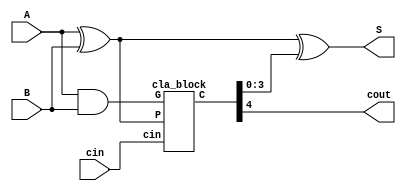
module cla
        (   input [3:0] A,B,
            input cin,
            output [3:0] S,
            output cout
            );
            
wire [3:0] P,G;
wire [4:0] C;   
    
//first level
assign P = A ^ B;
assign G = A & B;

//second level
cla_block gen_c(P,G,cin,C);

//third level
assign S = P ^ C[3:0];
assign cout = C[4];

endmodule

module cla_block
        (   input [3:0] P,G,
            input cin,
            output [4:0] C
            );
            
assign C[0] = cin;
assign C[1] = G[0] | (P[0] & cin);
assign C[2] = G[1] | (P[1] & G[0]) | (P[1] & P[0] & cin);
assign C[3] = G[2] | (P[2] & G[1]) | (P[2] & P[1] & G[0]) | (P[2] & P[1] & P[0] & cin);
assign C[4] = G[3] | (P[3] & G[2]) | (P[3] & P[2] & G[1]) | (P[3] & P[2] & P[1] & G[0]) | (P[3] & P[2] & P[1] & P[0] & cin);

endmodule